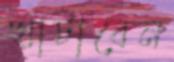
খাটাবেন